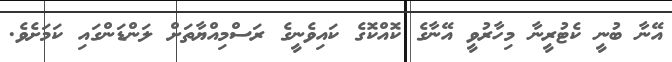
އޭނާ ބުނީ ކެޓުރީނާ މިހާރުވީ އޭނާގެ ކޮއްކޮގެ ކައިވެނީގެ ރަސްމިއްޔާތަށް ލަންޑަންގައި ކަމަށެވެ.